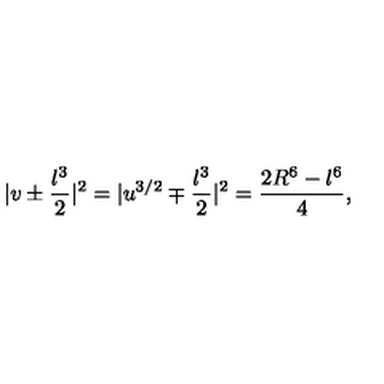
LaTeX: | v \pm \frac { \l ^ { 3 } } { 2 } | ^ { 2 } = | u ^ { 3 / 2 } \mp \frac { \l ^ { 3 } } { 2 } | ^ { 2 } = \frac { 2 R ^ { 6 } - \l ^ { 6 } } { 4 } ,